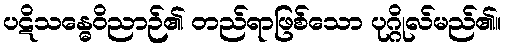
ပဋိသန္ဓေဝိညာဉ်၏ တည်ရာဖြစ်သော ပုဂ္ဂိုလ်မည်၏။